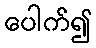
ပေါက်၍